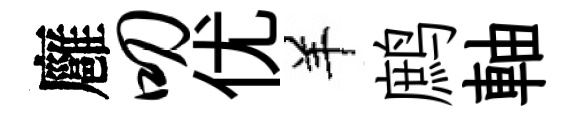
廱叨优羊鹧軸